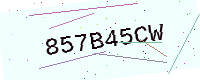
Text: 857B45CW